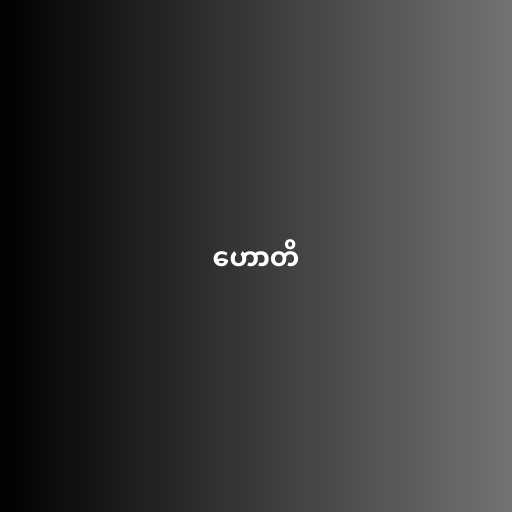
ဟောတိ